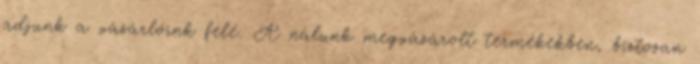
adjunk a vásárlóink felé. A nálunk megvásárolt termékekben, biztosan